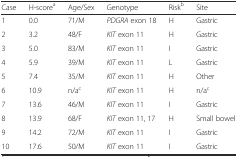
<table><thead><tr><td><b>Case</b></td><td><b>H-score<sup>a</sup></b></td><td><b>Age/Sex</b></td><td><b>Genotype</b></td><td><b>Risk<sup>b</sup></b></td><td><b>Site</b></td></tr></thead><tbody><tr><td>1</td><td>0.0</td><td>71/M</td><td><i>PDGRA</i> exon 18</td><td>H</td><td>Gastric</td></tr><tr><td>2</td><td>3.2</td><td>48/F</td><td><i>KIT</i> exon 11</td><td>H</td><td>Gastric</td></tr><tr><td>3</td><td>5.0</td><td>83/M</td><td><i>KIT</i> exon 11</td><td>I</td><td>Gastric</td></tr><tr><td>4</td><td>5.9</td><td>39/M</td><td><i>KIT</i> exon 11</td><td>L</td><td>Gastric</td></tr><tr><td>5</td><td>7.4</td><td>35/M</td><td><i>KIT</i> exon 11</td><td>H</td><td>Other</td></tr><tr><td>6</td><td>10.9</td><td>n/a<sup>c</sup></td><td><i>KIT</i> exon 11</td><td>H</td><td>n/a<sup>c</sup></td></tr><tr><td>7</td><td>13.6</td><td>46/M</td><td><i>KIT</i> exon 11</td><td>I</td><td>Gastric</td></tr><tr><td>8</td><td>13.9</td><td>68/F</td><td><i>KIT</i> exon 11, 17</td><td>H</td><td>Small bowel</td></tr><tr><td>9</td><td>14.2</td><td>72/M</td><td><i>KIT</i> exon 11</td><td>I</td><td>Gastric</td></tr><tr><td>10</td><td>17.6</td><td>50/M</td><td><i>KIT</i> exon 11</td><td>I</td><td>Gastric</td></tr></tbody></table>